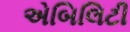
એબિલિટી